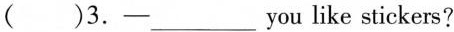
( )3.—___you like stickers?